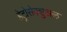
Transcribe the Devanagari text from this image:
हेट्रोसेक्शुअल